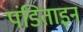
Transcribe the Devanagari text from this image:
पंडिताइन